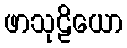
ဖာသုဠိယော